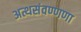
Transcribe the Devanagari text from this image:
अत्थसंवण्णणा